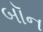
બૉન